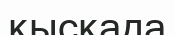
қысқада